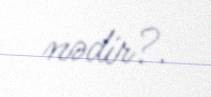
nədir?.